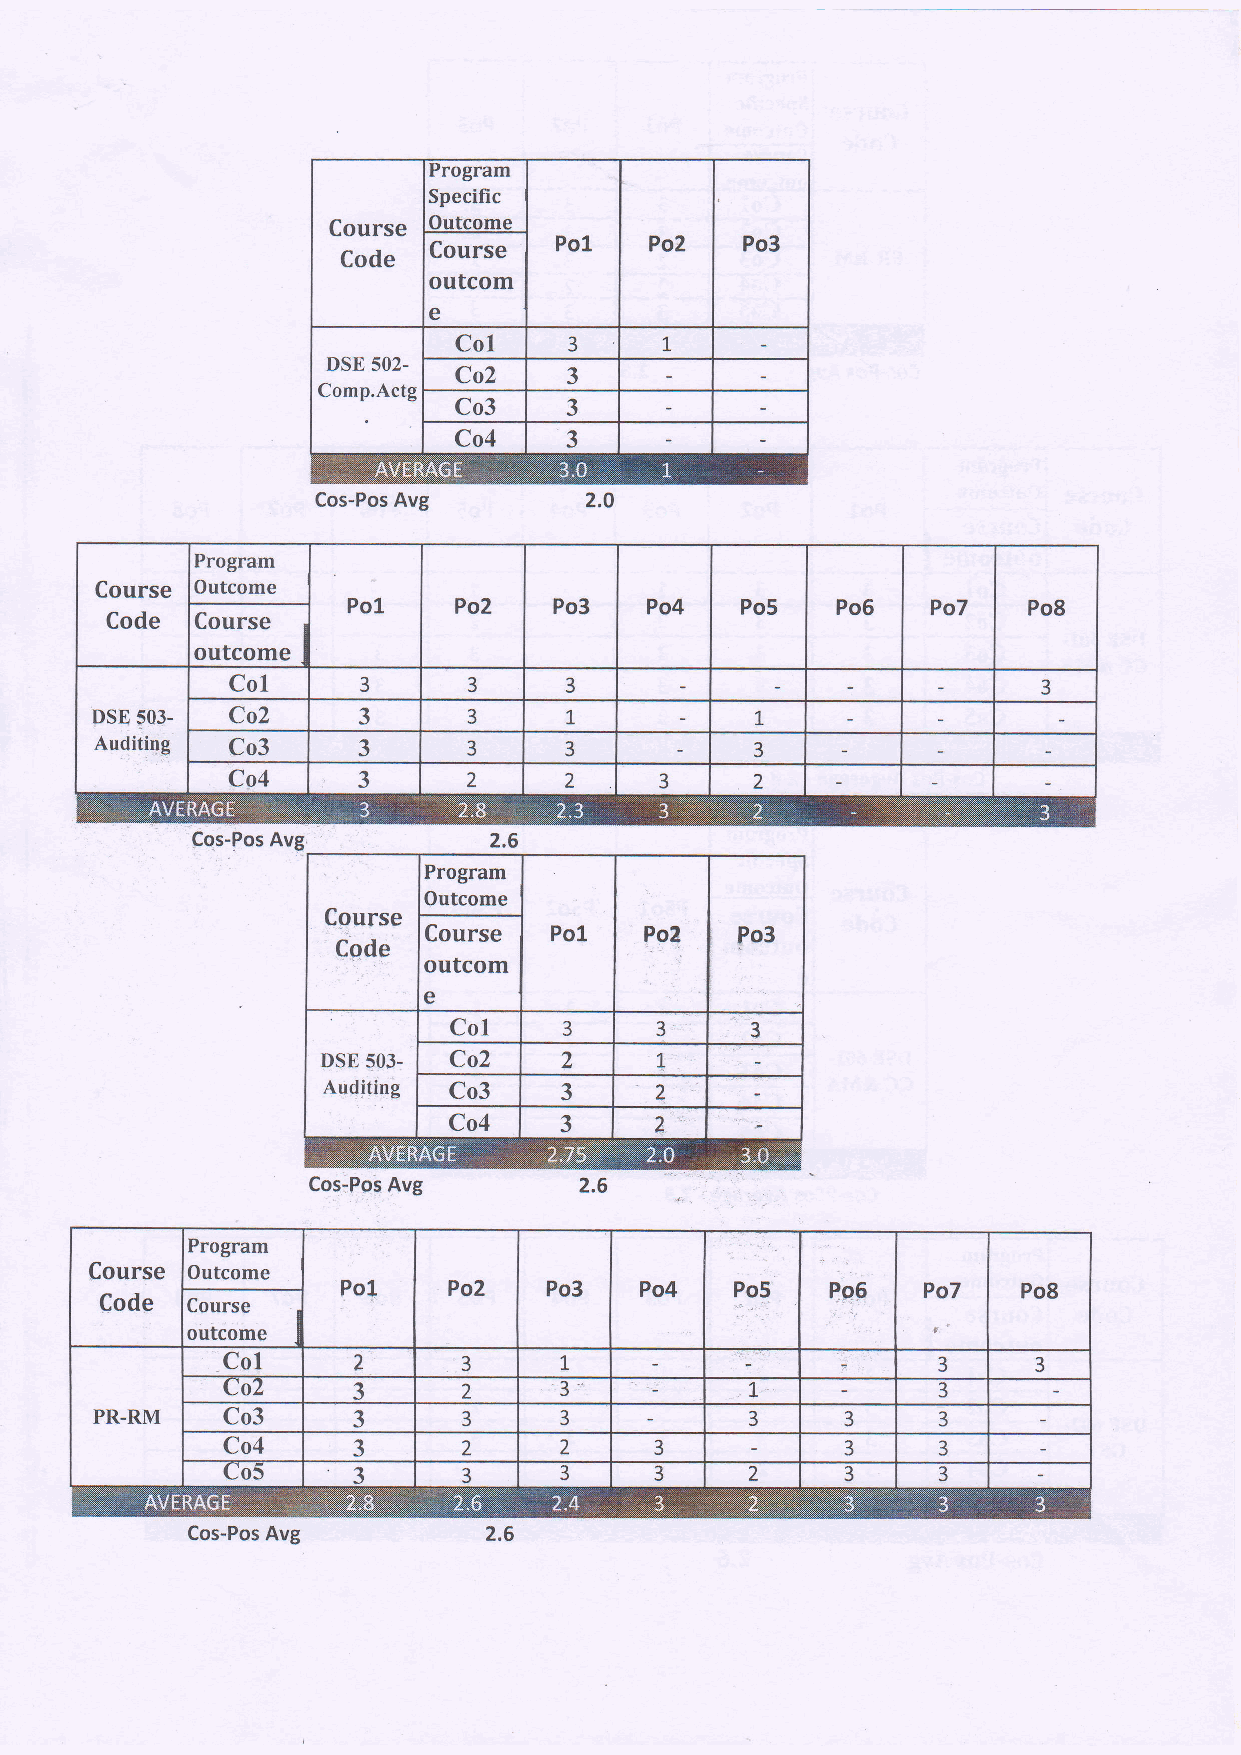
Course
 outcom
 e
 Cos-Pos Avg
 Program
 Course Outcome
 Pol    Po2    Po3   Po4   Po5   Po5    Po7   Po8
 Code  Course
 outcome
 Col
 3      3     3                               3
 t
 DSE 503- Co2      3      3                  1,
 Auditi4g Co3      3      3     3            3
 Co4      3      2     2      3     2
 Cos-Pos Avg
 Course
 outcom
 e
 Cos:Pos Avg
 Program
 Course Outcome
 Pol.   Po2   Po3   Po4          Ps6   Po7    Po8
 Code Course
 outcome
 Col
 2       3     1                        3      3
 toZ                   l:'
 3       2                  1           3
 PR-RM    Co3     Ja      3     3            3     3     3
 Co4     Ja      2     2     3            3     3
 Uo5     3       3     3     3      2     3     3
 Cos-Pos Avg         2.6